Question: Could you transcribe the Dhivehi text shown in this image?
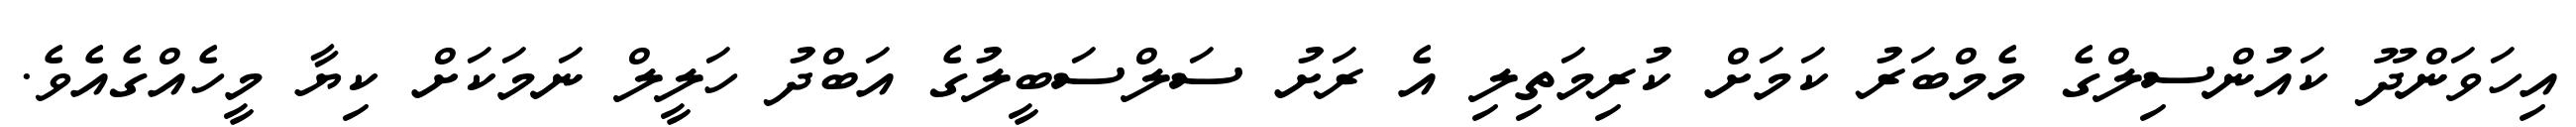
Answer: އިހަވަންދޫ ކައުންސިލްގެ މެމްބަރު ކަމަށް ކުރިމަތިލި އެ ރަށު ސަލްސަބީލުގެ އަބްދު ހަލީލް ނަމަކަށް ކިޔާ މީހެއްގެއެވެ.